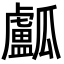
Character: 𤬛